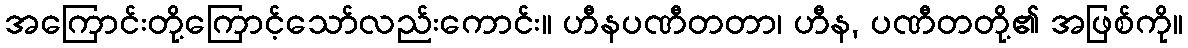
အကြောင်းတို့ကြောင့်သော်လည်းကောင်း။ ဟီနပဏီတတာ၊ ဟီန, ပဏီတတို့၏ အဖြစ်ကို။